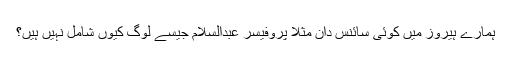
ہمارے ہیروز میں کوئی سائنس دان مثلاً پروفیسر عبدالسلام جیسے لوگ کیوں شامل نہیں ہیں؟